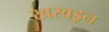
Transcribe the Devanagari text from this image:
खरवडून